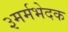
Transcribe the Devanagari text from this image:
३मर्मभेदक